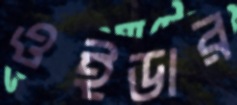
ওইডার